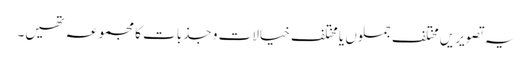
یہ تصویریں مختلف جملوں یا مختلف خیالات و جذبات کا مجموعہ تھیں۔